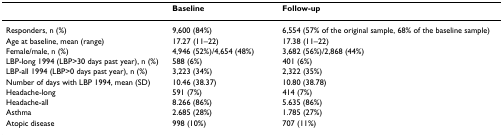
<table><thead><tr><td></td><td><b>Baseline</b></td><td><b>Follow-up</b></td></tr></thead><tbody><tr><td>Responders, n (%)</td><td>9,600 (84%)</td><td>6,554 (57% of the original sample, 68% of the baseline sample)</td></tr><tr><td>Age at baseline, mean (range)</td><td>17.27 (11–22)</td><td>17.38 (11–22)</td></tr><tr><td>Female/male, n (%)</td><td>4,946 (52%)/4,654 (48%)</td><td>3,682 (56%)/2,868 (44%)</td></tr><tr><td>LBP-long 1994 (LBP&gt;30 days past year), n (%)</td><td>588 (6%)</td><td>401 (6%)</td></tr><tr><td>LBP-all 1994 (LBP&gt;0 days past year), n (%)</td><td>3,223 (34%)</td><td>2,322 (35%)</td></tr><tr><td>Number of days with LBP 1994, mean (SD)</td><td>10.46 (38.37)</td><td>10.80 (38.78)</td></tr><tr><td>Headache-long</td><td>591 (7%)</td><td>414 (7%)</td></tr><tr><td>Headache-all</td><td>8.266 (86%)</td><td>5.635 (86%)</td></tr><tr><td>Asthma</td><td>2.685 (28%)</td><td>1.785 (27%)</td></tr><tr><td>Atopic disease</td><td>998 (10%)</td><td>707 (11%)</td></tr></tbody></table>